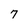
Character: 7